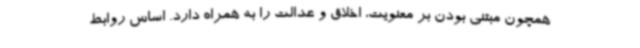
همچون مبتنی بودن بر معنویت، اخلاق و عدالت را به همراه دارد. اساس روابط